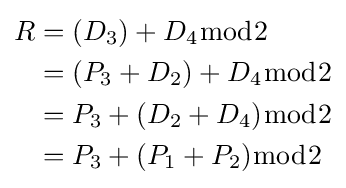
{\begin{aligned}R&=(D_{3})+D_{4}{\bmod {2}}\\&=(P_{3}+D_{2})+D_{4}{\bmod {2}}\\&=P_{3}+(D_{2}+D_{4}){\bmod {2}}\\&=P_{3}+(P_{1}+P_{2}){\bmod {2}}\end{aligned}}